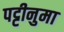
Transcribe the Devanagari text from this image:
पट्टीनुमा